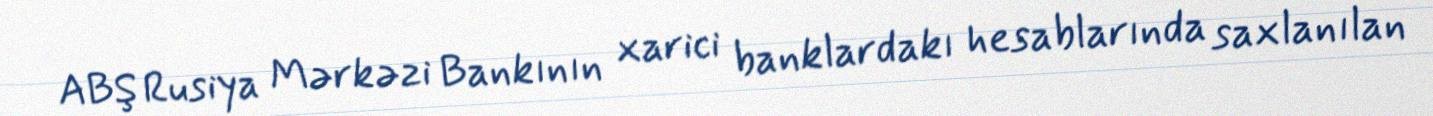
ABŞ Rusiya Mərkəzi Bankının xarici banklardakı hesablarında saxlanılan